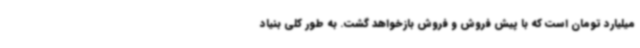
میلیارد تومان است که با پیش فروش و فروش بازخواهد گشت. به طور کلی بنیاد